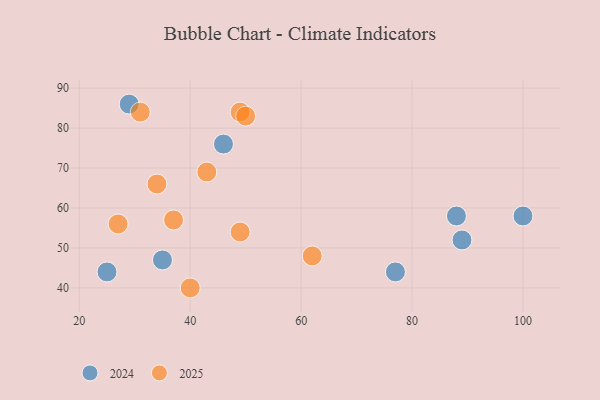
{"axis": {"x": "GDP", "y": "Life Expectancy"}, "legend": ["2024", "2025"], "data": [{"x": "100", "y": 58, "type": "2024"}, {"x": "77", "y": 44, "type": "2024"}, {"x": "25", "y": 44, "type": "2024"}, {"x": "29", "y": 86, "type": "2024"}, {"x": "35", "y": 47, "type": "2024"}, {"x": "88", "y": 58, "type": "2024"}, {"x": "89", "y": 52, "type": "2024"}, {"x": "46", "y": 76, "type": "2024"}, {"x": "31", "y": 84, "type": "2025"}, {"x": "49", "y": 54, "type": "2025"}, {"x": "43", "y": 69, "type": "2025"}, {"x": "37", "y": 57, "type": "2025"}, {"x": "62", "y": 48, "type": "2025"}, {"x": "40", "y": 40, "type": "2025"}, {"x": "49", "y": 84, "type": "2025"}, {"x": "34", "y": 66, "type": "2025"}, {"x": "27", "y": 56, "type": "2025"}, {"x": "50", "y": 83, "type": "2025"}]}